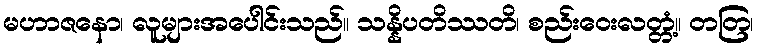
မဟာဇနော၊ လူများအပေါင်းသည်။ သန္နိပတိဿတိ၊ စည်းဝေးလတ္တံ့။ တတြ၊